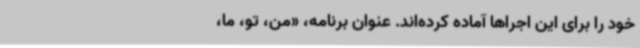
خود را برای این اجراها آماده کرده‌اند. عنوان برنامه، «من، تو، ما،